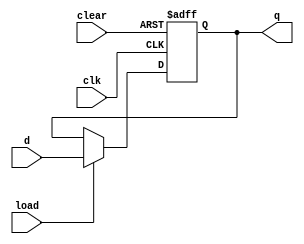
/* Reiner Dizon
 * Simple 8-bit microprocessor (MP-8)
 * Program Counter Register Module
 */
module programCounter(
	input clk, clear, load,	// Clock, Clear, & Load Signal
	input [4:0] d,			// Data Input
	output reg [4:0] q		// Data Output
);
	always @(posedge clk, posedge clear)
		if(clear) q <= 0;
		else if(load) q <= d;
endmodule